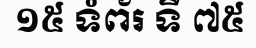
១៥ ទំព័រ ទី ៧៥